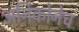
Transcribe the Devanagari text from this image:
अर्निकोनेच